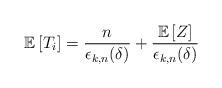
LaTeX: \begin{align*}\mathbb{E}\left[T_i\right]=\frac{n}{\epsilon_{k,n}(\delta)} + \frac{\mathbb{E} \left[ Z \right]}{\epsilon_{k,n}(\delta)} \end{align*}